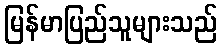
မြန်မာပြည်သူများသည်